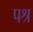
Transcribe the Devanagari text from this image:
पश्र